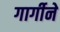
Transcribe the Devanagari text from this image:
गार्गीने